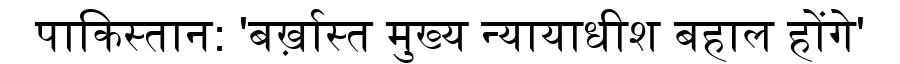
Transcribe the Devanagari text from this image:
पाकिस्तान: 'बर्ख़ास्त मुख्य न्यायाधीश बहाल होंगे'